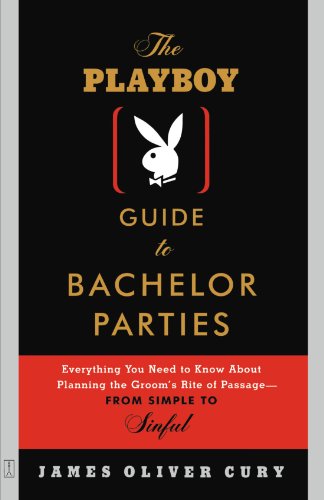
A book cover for The Playboy Guide to Bachelor Parties: Everything You Need to Know About Planning the Groom's Rite of Passage-From Simple to Sinful; James Oliver Cury; Crafts, Hobbies & Home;